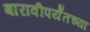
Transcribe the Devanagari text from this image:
बारावीपर्यँतच्या